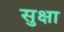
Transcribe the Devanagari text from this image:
सुक्षा